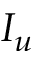
I _ { u }